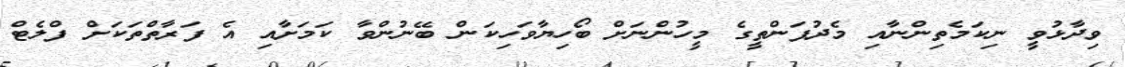
ވިދާޅުވީ ނިކަމެތިންނާއި މެދުފަންތީގެ މީހުންނަށް ބޯހިޔާވަހިކަން ބޭނުންވާ ކަމަށާއި އެ ފަރާތްތަކަށް ފްލެޓް